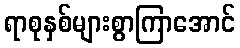
ရာစုနှစ်များစွာကြာအောင်